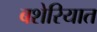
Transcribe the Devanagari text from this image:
बशेरियात